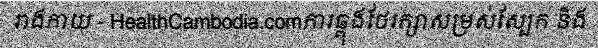
រាងកាយ - HealthCambodia.comការឆ្ពុងថែរក្សាសម្រស់ស្បែក និង